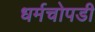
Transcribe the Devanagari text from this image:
धर्मचोपडी